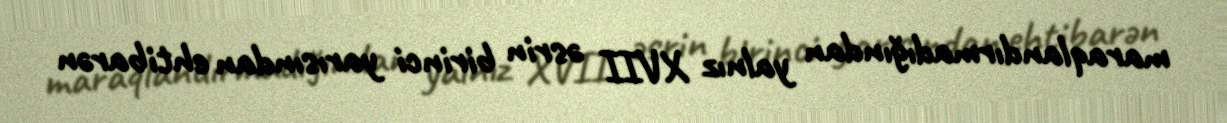
maraqlandırmadığından yalnız XVII əsrin birinci yarısından ehtibarən